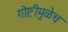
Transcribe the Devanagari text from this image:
गोष्टीमुळेच